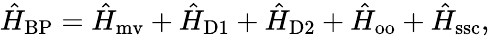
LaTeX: \hat{H}_{\mathrm{BP}}=\hat{H}_{\mathrm{mv}}+\hat{H}_{\mathrm{D1}}+\hat{H}_{\mathrm{D2}}+\hat{H}_{\mathrm{oo}}+\hat{H}_{\mathrm{ssc}},